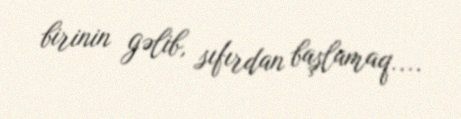
birinin gəlib, sıfırdan başlamaq....